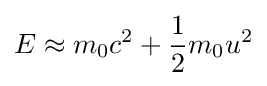
E\approx m_{0}c^{2}+{\frac {1}{2}}m_{0}u^{2}